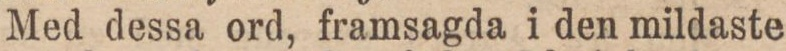
Med dessa ord, framsagda i den mildaste